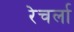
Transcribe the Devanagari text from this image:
रेचर्ला